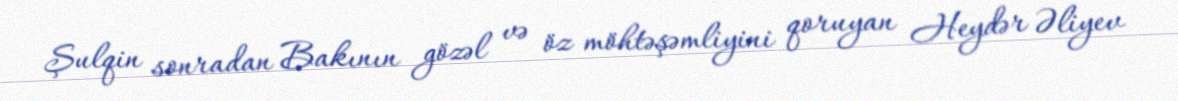
Şulqin sonradan Bakının gözəl və öz möhtəşəmliyini qoruyan Heydər Əliyev